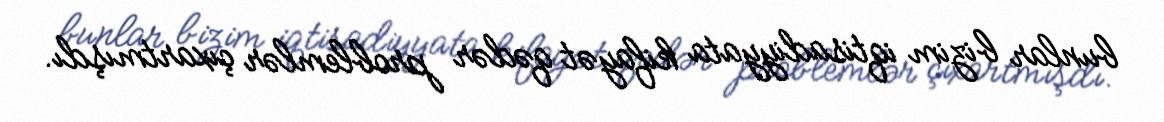
bunlar bizim iqtisadiyyata kifayət qədər problemlər çıxartmışdı.